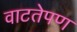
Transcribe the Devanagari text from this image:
वाटतेपण